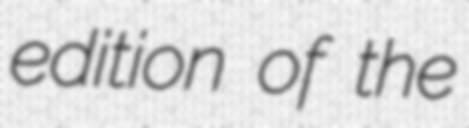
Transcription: edition of the